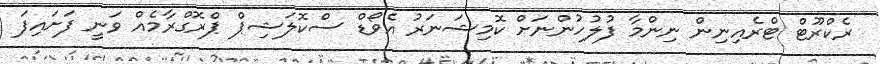
ރެކްރޫޓް ޓްރެއިނިން ނިންމާ ފުލުހުންނަށް ކޮމިޝަނަރު އެވޯޑް ސްކޮލަޝިޕް ޕްރޮގްރާމެއް ވަނީ ފަށައިފަ